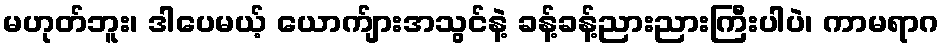
မဟုတ်ဘူး၊ ဒါပေမယ့် ယောက်ျားအသွင်နဲ့ ခန့်ခန့်ညားညားကြီးပါပဲ၊ ကာမရာဂ